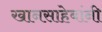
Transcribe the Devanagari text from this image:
खानसाहेबांनी